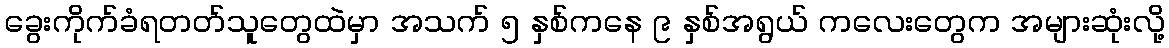
ခွေးကိုက်ခံရတတ်သူတွေထဲမှာ အသက် ၅ နှစ်ကနေ ၉ နှစ်အရွယ် ကလေးတွေက အများဆုံးလို့